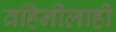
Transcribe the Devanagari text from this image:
वहिनीलाही